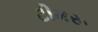
ટીમરૂ